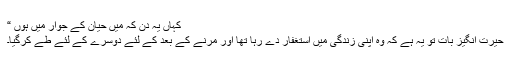
کہاں یہ دن کہ میں حیان کے جوار میں ہوں “
حیرت انگیز بات تو یہ ہے کہ وہ اپنی زندگی میں استغفار دے رہا تھا اور مرنے کے بعد کے لئے دوسرے کے لئے طے کرگیا۔